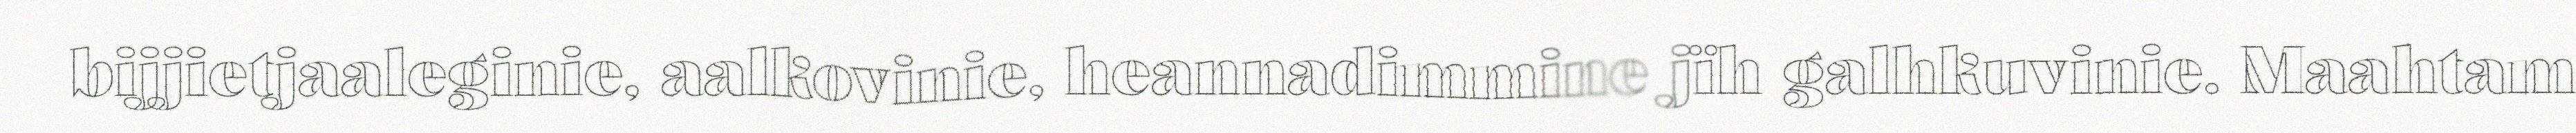
bijjietjaaleginie, aalkovinie, heannadimmine jïh galhkuvinie. Maahtam